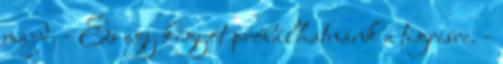
majd. - És egy kígyót próbálhatnánk a tigrisre. -